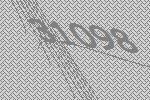
31098